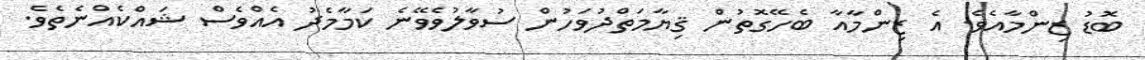
ބޮޑު ޒިންމާއެވެ. އެ ޒިންމާއާ ބެހޭގޮތުން ޤިޔާމަތްދުވަހުން ސުވާލުވެވޭނެ ކަމާމެދު އެއްވެސް ޝައްކެއްނެތެވެ.